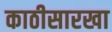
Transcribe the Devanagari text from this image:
काठीसारखा